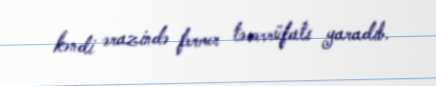
kəndi ərazində fermer təsərrüfatı yaradıb.